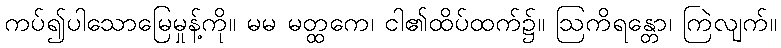
ကပ်၍ပါသောမြေမှုန့်ကို။ မမ မတ္ထကေ၊ ငါ၏ထိပ်ထက်၌။ ဩကိရန္တော၊ ကြဲလျက်။